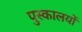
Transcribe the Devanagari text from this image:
पुस्कालयों